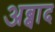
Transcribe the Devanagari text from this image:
अब्बाद